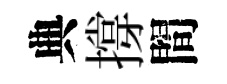
典撐間